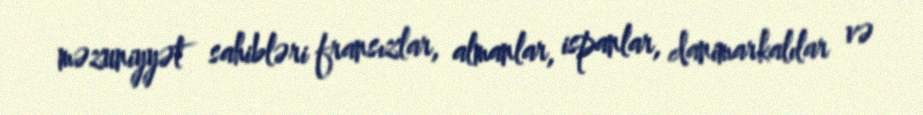
məzuniyyət sahibləri fransızlar, almanlar, ispanlar, danimarkalılar və